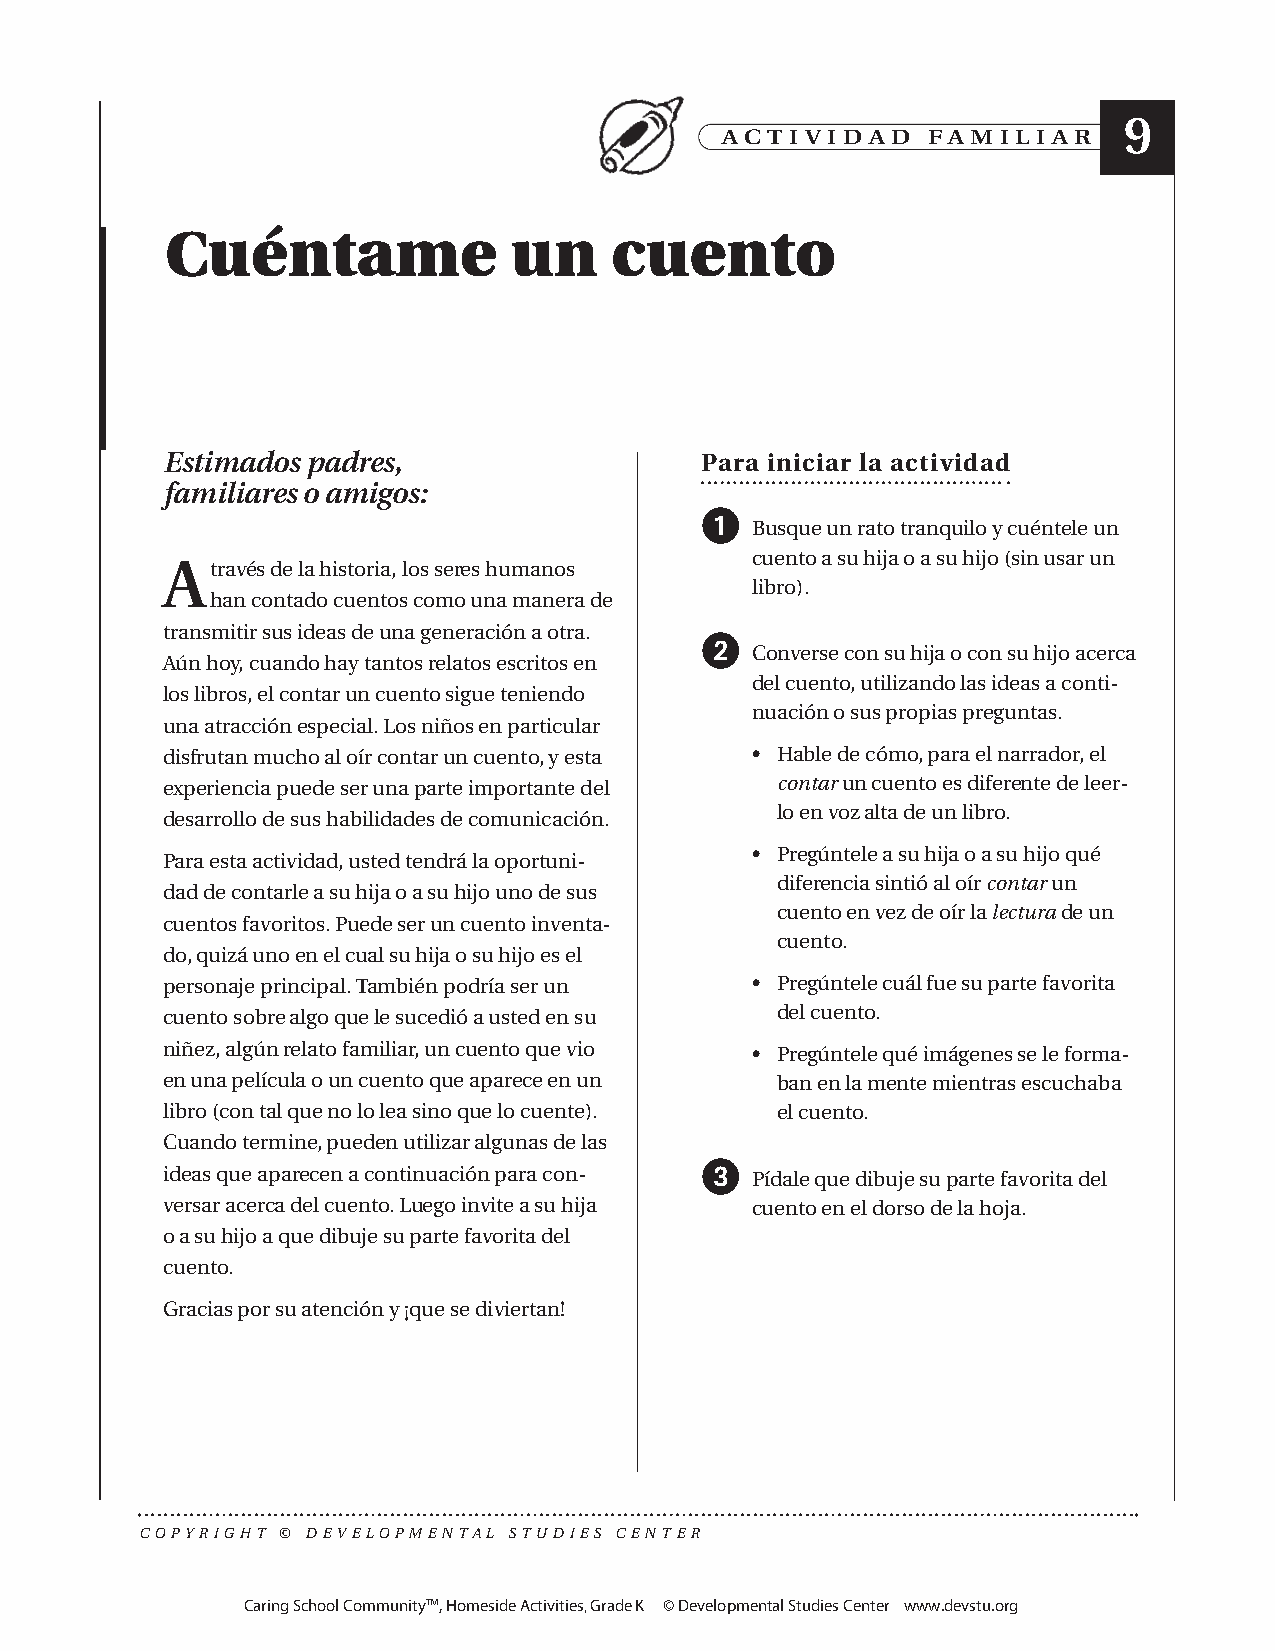
9
 AC T I V I D A D FA M I L I A R
 Cuéntame               un    cuento
 Estimados padres,                  Para iniciar la actividad
 familiares o amigos:
 
 Busque un rato tranquilo y cuéntele un
 cuento a su hija o a su hijo (sin usar un
 Através de la historia, los seres humanos
 libro).
 han contado cuentos como una manera de
 transmitir sus ideas de una generación a otra.
 
 Converse con su hija o con su hijo acerca
 Aún hoy, cuando hay tantos relatos escritos en
 del cuento, utilizando las ideas a conti-
 los libros, el contar un cuento sigue teniendo
 nuación o sus propias preguntas.
 una atracción especial. Los niños en particular
 disfrutan mucho al oír contar un cuento, y esta • Hable de cómo, para el narrador, el
 experiencia puede ser una parte importante del contar un cuento es diferente de leer-
 lo en voz alta de un libro.
 desarrollo de sus habilidades de comunicación.
 • Pregúntele a su hija o a su hijo qué
 Para esta actividad, usted tendrá la oportuni-
 diferencia sintió al oír contar un
 dad de contarle a su hija o a su hijo uno de sus
 cuento en vez de oír la lectura de un
 cuentos favoritos. Puede ser un cuento inventa-
 cuento.
 do, quizá uno en el cual su hija o su hijo es el
 personaje principal. También podría ser un • Pregúntele cuál fue su parte favorita
 cuento sobre algo que le sucedió a usted en su del cuento.
 niñez, algún relato familiar, un cuento que vio • Pregúntele qué imágenes se le forma-
 en una película o un cuento que aparece en un ban en la mente mientras escuchaba
 libro (con tal que no lo lea sino que lo cuente). el cuento.
 Cuando termine, pueden utilizar algunas de las
 
 ideas que aparecen a continuación para con- Pídale que dibuje su parte favorita del
 versar acerca del cuento. Luego invite a su hija cuento en el dorso de la hoja.
 o a su hijo a que dibuje su parte favorita del
 cuento.
 Gracias por su atención y ¡que se diviertan!
 COPYRIGHT © DEVELOPMENTAL STUDIES CENTER
 Caring School Community™, Homeside Activities, Grade K © Developmental Studies Center www.devstu.org